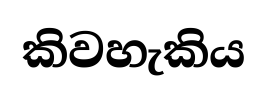
කිවහැකිය